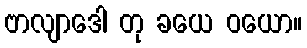
ဗာလျာဒေါ တု ခယေ ဝယော။